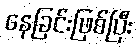
နေခြင်းဖြစ်ပြီး